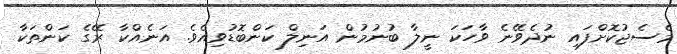
މެސެޖުކޮށްފައި ނުދެވޭނެ ވާހަކަ ނީލާ ބުނުމުން އަނިލް ކަންބޮޑުވިއެވެ. އަނެއްކާ ރޭގެ ކަންތަކާ